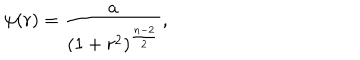
\psi ( r ) = { \frac { a } { ( 1 + r ^ { 2 } ) ^ { \frac { n - 2 } { 2 } } } } ,